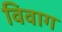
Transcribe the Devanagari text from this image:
विवाग